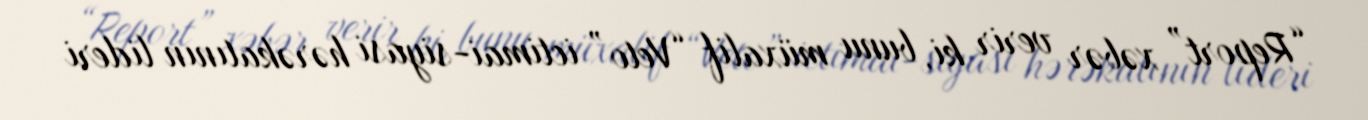
“Report” xəbər verir ki, bunu müxalif “Veto” ictimai-siyasi hərəkatının lideri